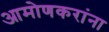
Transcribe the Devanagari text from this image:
आमोणकरांना